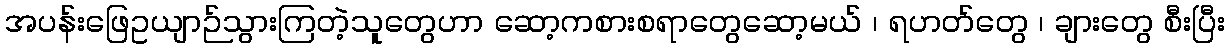
အပန်းဖြေဥယျာဉ်သွားကြတဲ့သူတွေဟာ ဆော့ကစားစရာတွေဆော့မယ် ၊ ရဟတ်တွေ ၊ ချားတွေ စီးပြီး